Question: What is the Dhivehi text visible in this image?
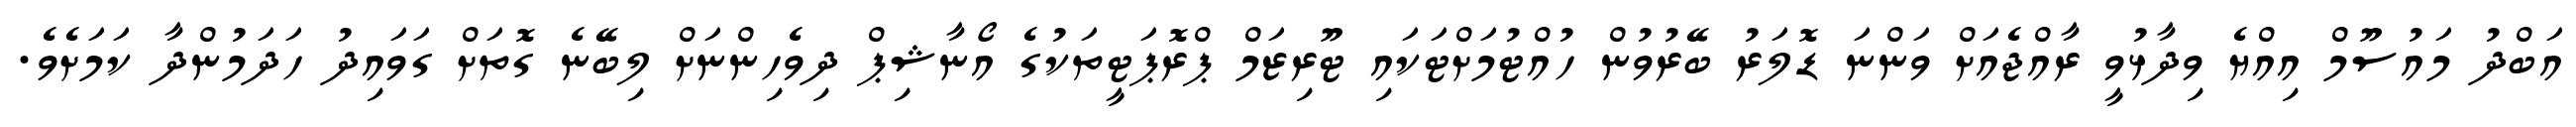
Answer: އަބްދު މައުސޫމް އިއްޔެ ވިދާޅުވީ ރާއްޖެއަށް ވަންނަ ޑޮލަރު ބޭރުވުން ހުއްޓުމަށްޓަކައި ޓޫރިޒަމް ޕްރޮޕަޓީތަކުގެ އޯނާޝިޕް ދިވެހިންނަށް ލިބޭނެ ގޮތަށް ގަވައިދު ހަދަމުންދާ ކަމަށެވެ.